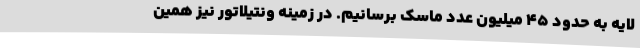
لایه به حدود ۴۵ میلیون عدد ماسک برسانیم. در زمینه ونتیلاتور نیز همین